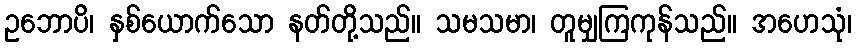
ဥဘောပိ၊ နှစ်ယောက်သော နတ်တို့သည်။ သမသမာ၊ တူမျှကြကုန်သည်။ အဟေသုံ၊